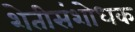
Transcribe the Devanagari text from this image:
शेतीसंशोधक